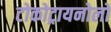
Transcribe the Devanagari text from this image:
टोकोट्रायनोलों